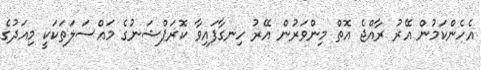
އެހެންކަމުން އޭރު ރާއްޖެ އޮތް މިންވަރުން އޭރު ހިނގާފައިވާ ކޮރަޕްޝަނުގެ މައްސަލަތަކަކީ މިއަދުގެ